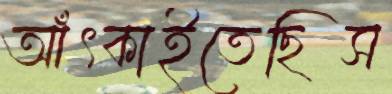
আঁৎকাইতেছিস